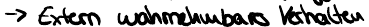
-> Extern wahrnembares Verhalten